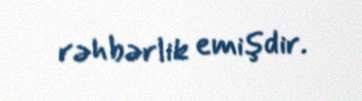
rəhbərlik emişdir.